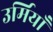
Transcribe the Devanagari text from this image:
उर्मियाँ